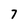
Character: 7